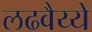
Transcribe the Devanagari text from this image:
लढवैय्ये